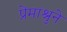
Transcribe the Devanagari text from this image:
प्रेमाश्रुने